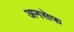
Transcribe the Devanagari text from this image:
अनसेफ